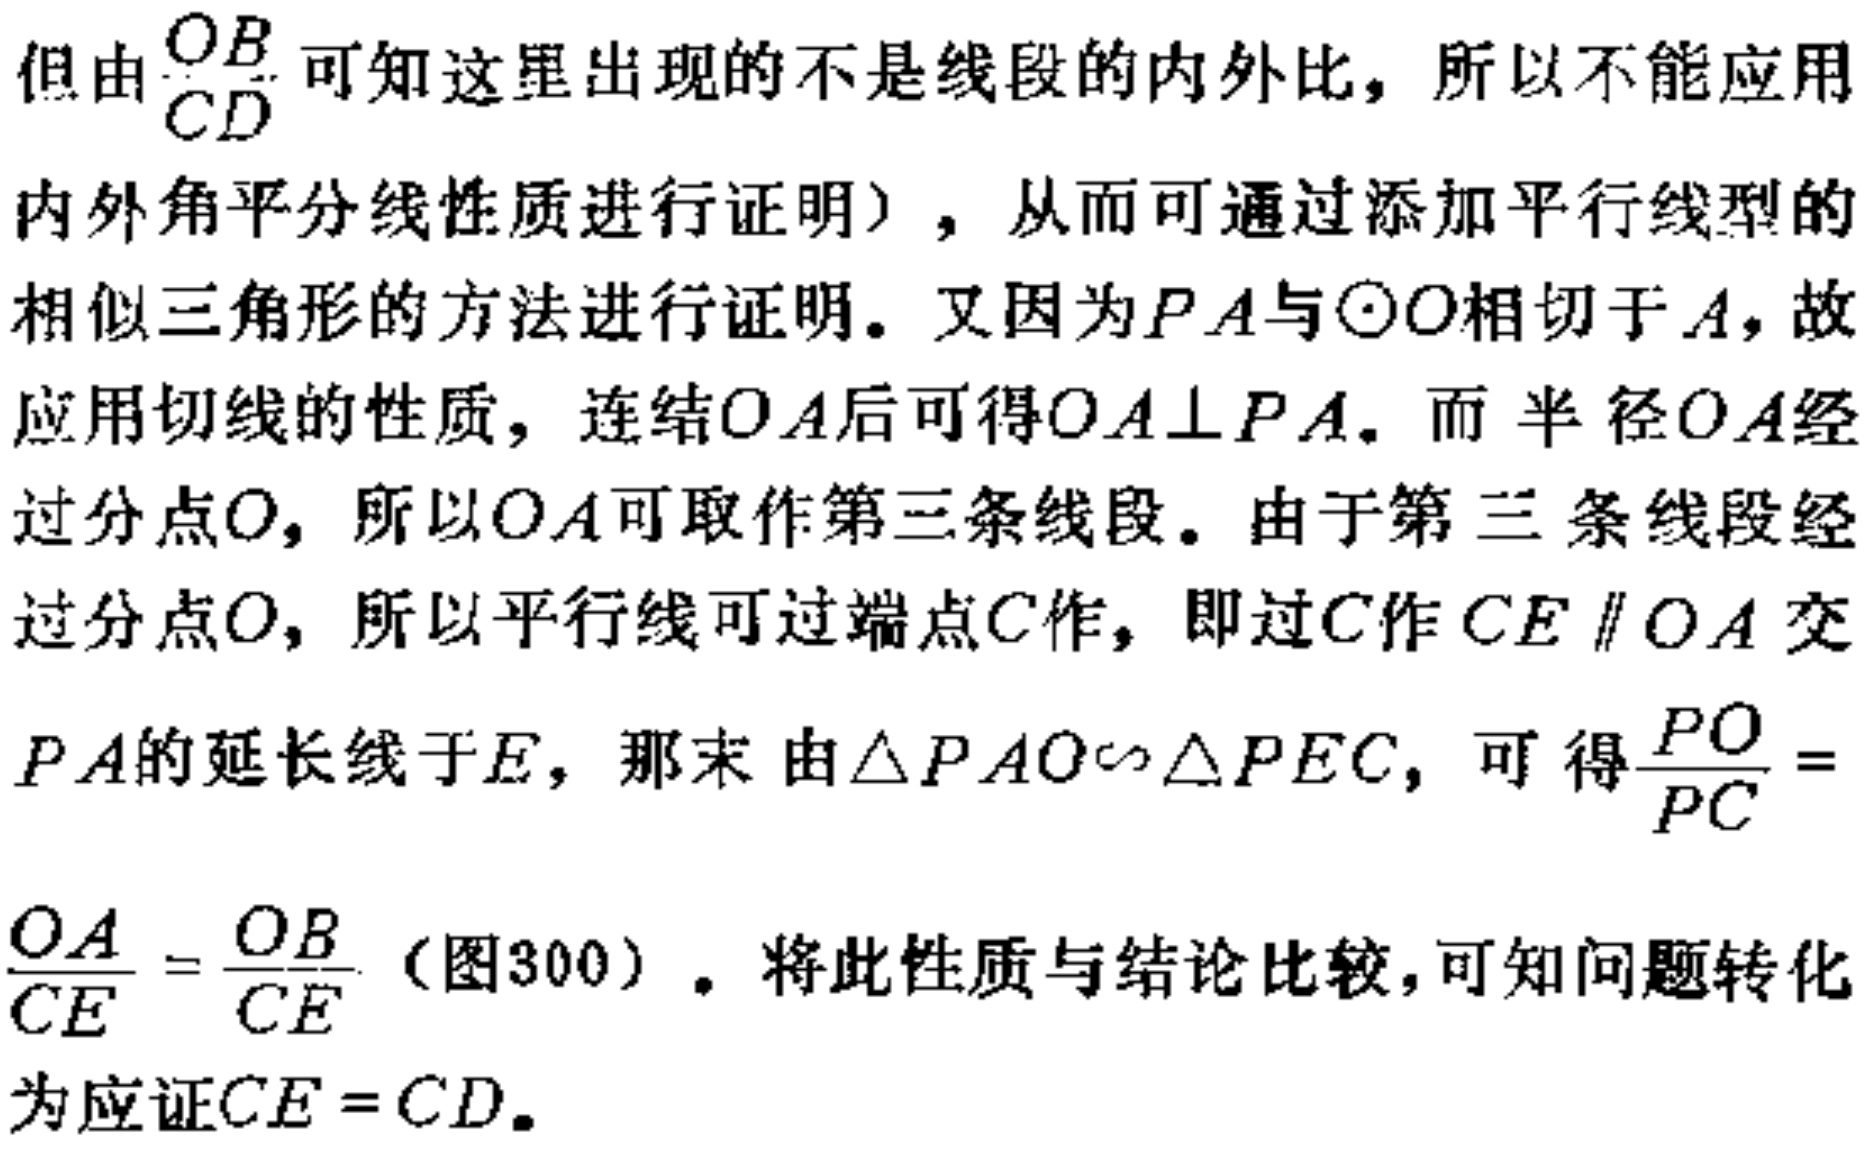
但由$\frac{OB}{CD}$可知这里出现的不是线段的内外比，所以不能应用
内外角平分线性质进行证明），从而可通过添加平行线型的
相似三角形的方法进行证明。又因为$PA$与$\odot O$相切于$A$，故
应用切线的性质，连结$OA$后可得$OA\perp PA$。而半径$OA$经
过分点$O$，所以$OA$可取作第三条线段。由于第三条线段经
过分点$O$，所以平行线可过端点$C$作，即过$C$作$CE \parallel OA$交
$PA$的延长线于$E$，那末由$\triangle PAO\sim\triangle PEC$，可得$\frac{PO}{PC} =$
$\frac{OA}{CE}=\frac{OB}{CE}$（图300）。将此性质与结论比较，可知问题转化
为应证$CE = CD$。